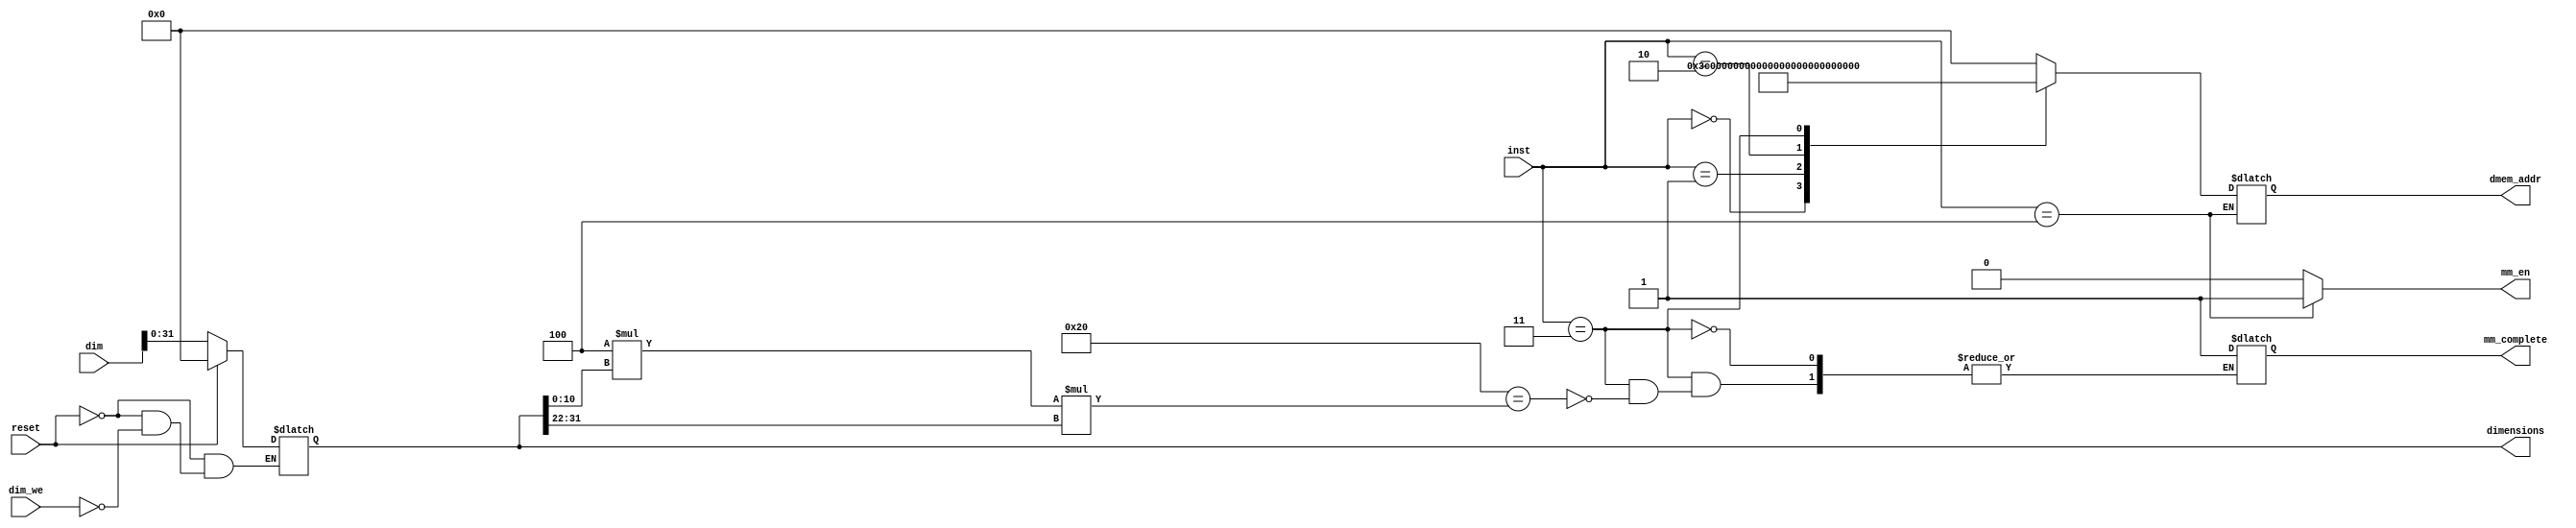
module control_mm(   
	input [2:0]inst,
	input reset,
	input [255:0]dim,
	input dim_we,		//Comes from cpu_mm
	output mm_en,
	output [31:0]dimensions,
    output [31:0]dmem_addr,
    output mm_complete
);

reg mm_en, mm_complete;
reg [31:0] addr_bnk [0:6];
reg [31:0] dimensions;
reg [31:0] dmem_addr;
    

// initialising registers to 0
    integer i;
    initial begin
		for (i=3;i<7;i=i+1)
			addr_bnk[i] = 32'b0;
		addr_bnk[0] = 32'h0000_0000;		//0
		addr_bnk[1] = 32'h0000_1400;		//5120
		addr_bnk[2] = 32'h0000_2800;		//10240
		dimensions = 0;
    end	

	always @(reset or dim_we or dim) begin
        if (reset) begin //All registers set to 0 if reset=1
			for (i=3;i<7;i=i+1)
				addr_bnk[i] = 32'b0;
			dimensions = 0;
        end
		else begin
			if (dim_we == 1'b1) begin  // if write enable is 1 then write
				addr_bnk[3] = dim[31:0];
				dimensions = dim[31:0];
			end
		end
	end
	// A= mxn dim[10:0]xdim[21:11], B=nxo dim[21:11]xdim[31:22]
    always @(inst) begin
		mm_en = 0;
		case(inst)
			0: dmem_addr=32'h0000_3C00;	//const value for dim_addr = 15360
			
			1: begin
				dmem_addr=addr_bnk[0]+addr_bnk[4]; //load next a
				addr_bnk[4]=addr_bnk[4]+32; // By default address increments to next 8 words
				if(addr_bnk[5]<4*addr_bnk[3][31:22])begin	// If address of b_counter< 4*o  & >0 --> then reset a_counter to beginning of row
					if(addr_bnk[5]!=0)begin
						addr_bnk[4]=addr_bnk[4]-4*addr_bnk[3][21:11];
					end
				end
				end
			2:begin
				dmem_addr=addr_bnk[1]+addr_bnk[5]; //load next b
				addr_bnk[5]=addr_bnk[5]+4*addr_bnk[3][31:22];   	 //IMP-Change
				if(addr_bnk[5]>=4*addr_bnk[3][21:11]*addr_bnk[3][31:22])begin
					if(addr_bnk[5]==4*(addr_bnk[3][21:11]+1)*addr_bnk[3][31:22]-32)begin
						addr_bnk[5]=0;
					end else begin
						addr_bnk[5]=addr_bnk[5]-4*addr_bnk[3][21:11]*addr_bnk[3][31:22]+32;
					end	
				end
				end	
			3:begin
				dmem_addr=addr_bnk[2]+addr_bnk[6]; //store next c
				addr_bnk[6]=addr_bnk[6]+32;
				if(addr_bnk[6]==4*addr_bnk[3][10:0]*addr_bnk[3][31:22])begin
					mm_complete=1;
				end
				end

			4:  mm_en = 1;		//for matrix multiply enable

		default:dmem_addr=0;//const value for dim_addr

		endcase

	end
endmodule